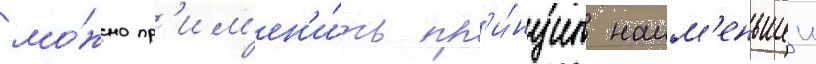
мо́жно пр'им'ен'и́ть пр'и́нцип наим'еньшеи